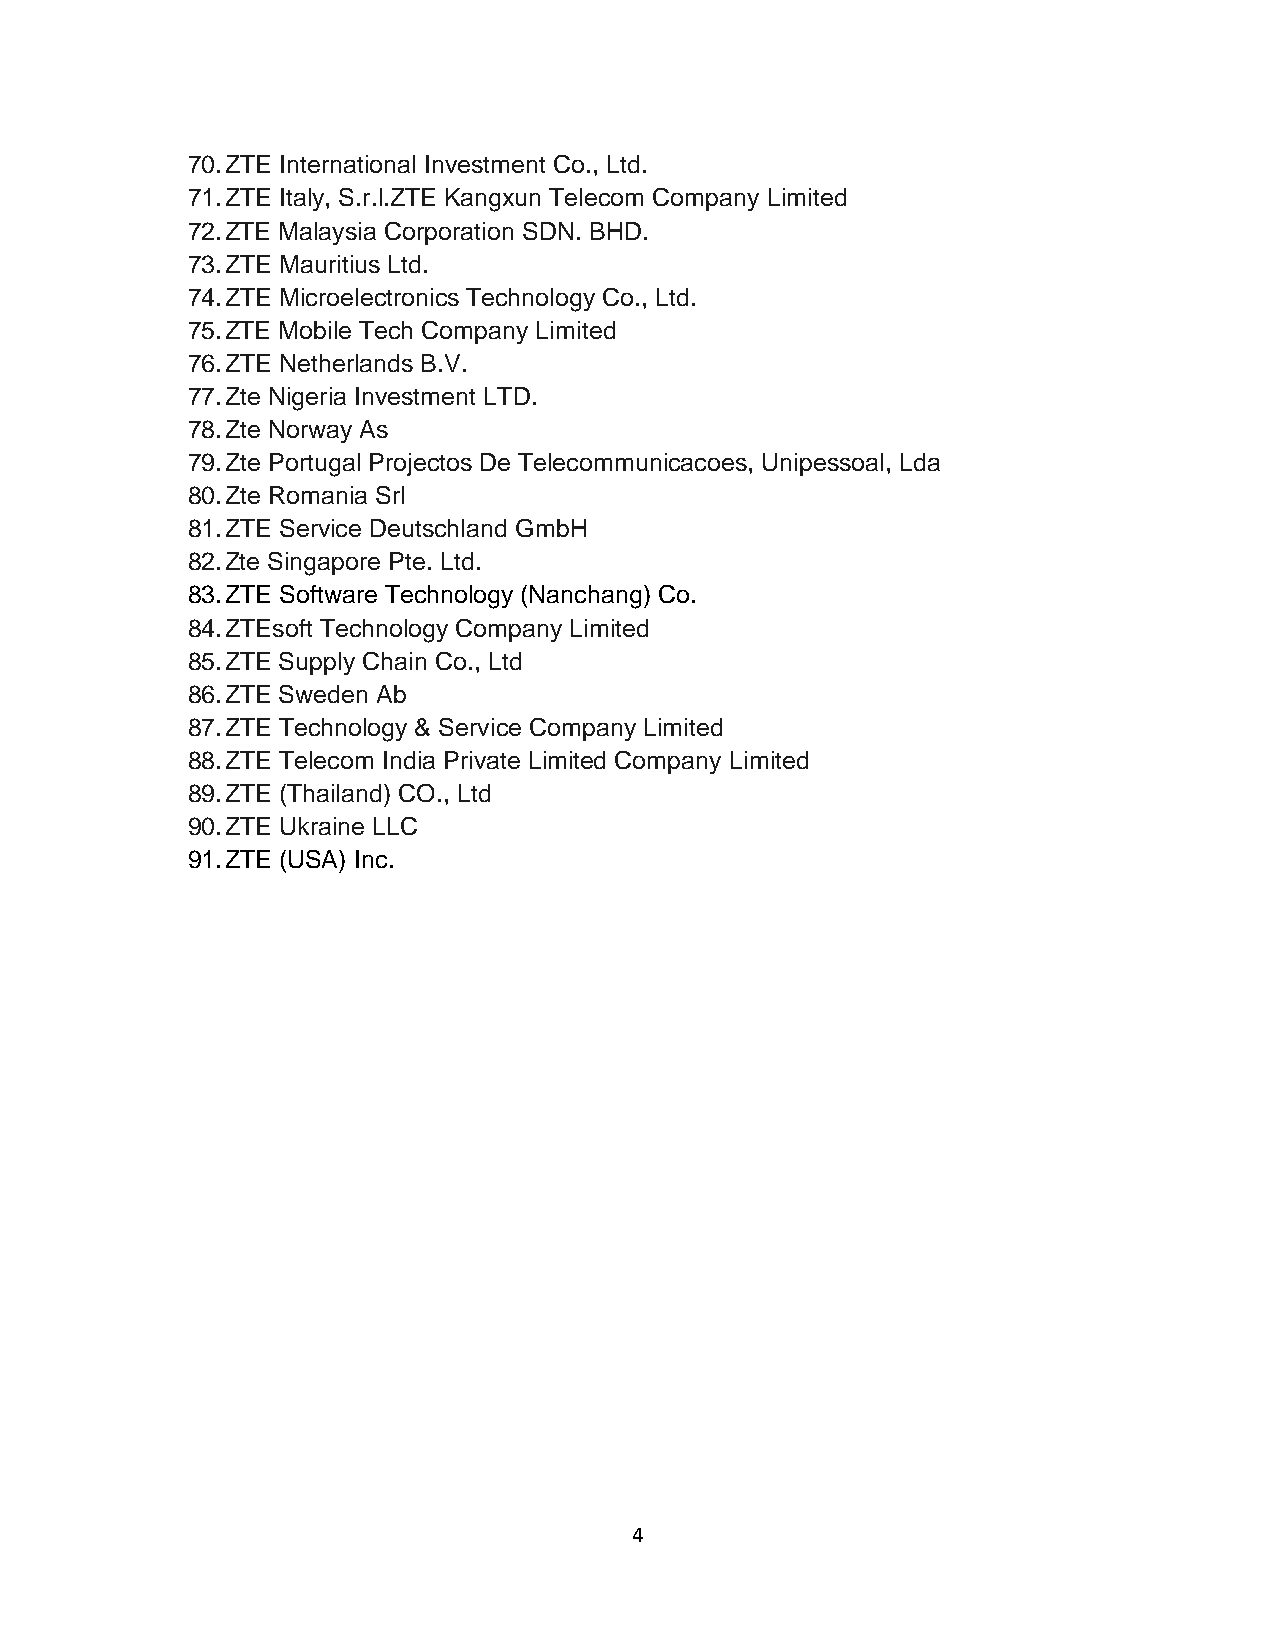
70. ZTE International Investment Co., Ltd.
 71. ZTE Italy, S.r.l.ZTE Kangxun Telecom Company Limited
 72. ZTE Malaysia Corporation SDN. BHD.
 73. ZTE Mauritius Ltd.
 74. ZTE Microelectronics Technology Co., Ltd.
 75. ZTE Mobile Tech Company Limited
 76. ZTE Netherlands B.V.
 77. Zte Nigeria Investment LTD.
 78. Zte Norway As
 79. Zte Portugal Projectos De Telecommunicacoes, Unipessoal, Lda
 80. Zte Romania Srl
 81. ZTE Service Deutschland GmbH
 82. Zte Singapore Pte. Ltd.
 83. ZTE Software Technology (Nanchang) Co.
 84. ZTEsoft Technology Company Limited
 85. ZTE Supply Chain Co., Ltd
 86. ZTE Sweden Ab
 87. ZTE Technology & Service Company Limited
 88. ZTE Telecom India Private Limited Company Limited
 89. ZTE (Thailand) CO., Ltd
 90. ZTE Ukraine LLC
 91. ZTE (USA) Inc.
 4